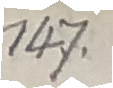
147.